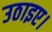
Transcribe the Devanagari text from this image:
उठाइए।